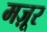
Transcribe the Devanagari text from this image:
मज़ूर